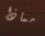
مماذا